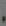
.